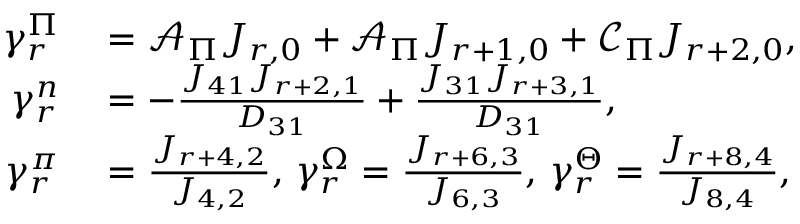
\begin{array} { r l } { \gamma _ { r } ^ { \Pi } } & { { } = \mathcal { A } _ { \Pi } J _ { r , 0 } + \mathcal { A } _ { \Pi } J _ { r + 1 , 0 } + \mathcal { C } _ { \Pi } J _ { r + 2 , 0 } , } \\ { \gamma _ { r } ^ { n } } & { { } = - \frac { J _ { 4 1 } J _ { r + 2 , 1 } } { D _ { 3 1 } } + \frac { J _ { 3 1 } J _ { r + 3 , 1 } } { D _ { 3 1 } } , } \\ { \gamma _ { r } ^ { \pi } } & { { } = \frac { J _ { r + 4 , 2 } } { J _ { 4 , 2 } } , \, \gamma _ { r } ^ { \Omega } = \frac { J _ { r + 6 , 3 } } { J _ { 6 , 3 } } , \, \gamma _ { r } ^ { \Theta } = \frac { J _ { r + 8 , 4 } } { J _ { 8 , 4 } } , } \end{array}